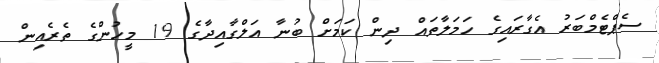
ސެޕްޓެމްބަރު އެގާރައިގެ ހަމަލާތައް ދިން ކަމަށް ބުނާ އަލްގާއިދާގެ 19 މީހުންގެ ތެރެއިން